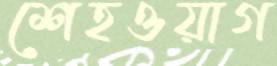
শেহওয়াগ